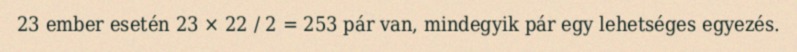
23 ember esetén 23 × 22 / 2 = 253 pár van, mindegyik pár egy lehetséges egyezés.